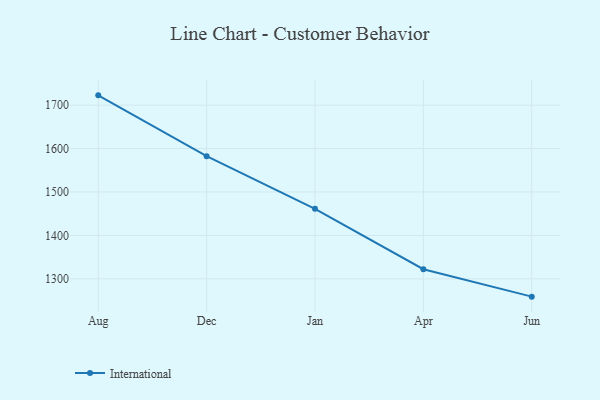
{"axis": {"x": "Month", "y": "Shipments"}, "legend": ["International"], "data": [{"x": "Aug", "y": 1722.6, "type": "International"}, {"x": "Dec", "y": 1582.4, "type": "International"}, {"x": "Jan", "y": 1461.3, "type": "International"}, {"x": "Apr", "y": 1322.2, "type": "International"}, {"x": "Jun", "y": 1259.0, "type": "International"}]}